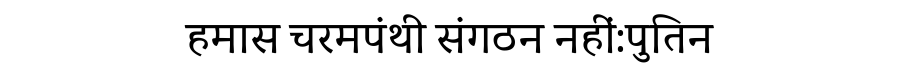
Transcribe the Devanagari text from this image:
हमास चरमपंथी संगठन नहीं:पुतिन